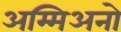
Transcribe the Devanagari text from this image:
अम्मिअनो